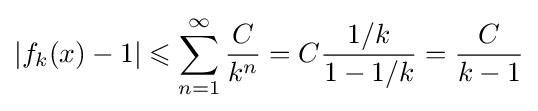
\left|f_{k}(x)-1\right|\leqslant \sum _{n=1}^{\infty }{\frac {C}{k^{n}}}=C{\frac {1/k}{1-1/k}}={\frac {C}{k-1}}